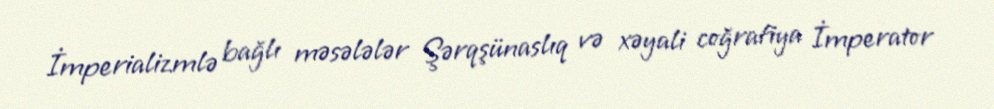
İmperializmlə bağlı məsələlər Şərqşünaslıq və xəyali coğrafiya İmperator